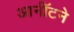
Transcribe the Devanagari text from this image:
आर्नॉटने